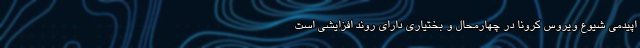
اپیدمی شیوع ویروس کرونا در چهارمحال و بختیاری دارای روند افزایشی است